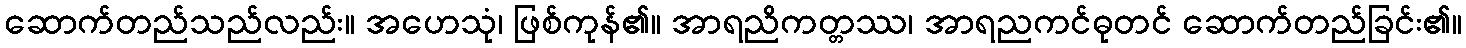
ဆောက်တည်သည်လည်း။ အဟေသုံ၊ ဖြစ်ကုန်၏။ အာရညိကတ္တဿ၊ အာရညကင်ဓုတင် ဆောက်တည်ခြင်း၏။